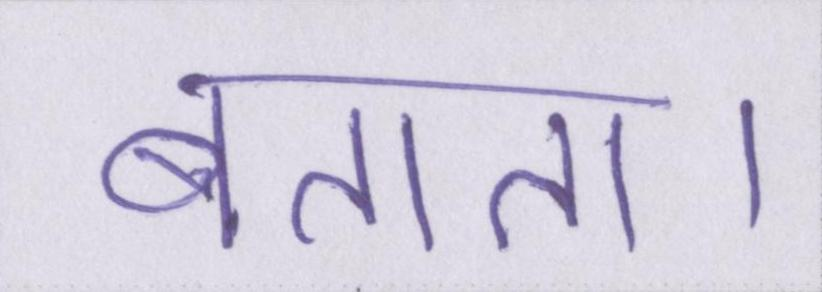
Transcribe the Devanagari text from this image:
बताता।